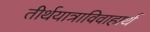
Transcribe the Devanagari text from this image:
तीर्थयात्राविवाहार्थ